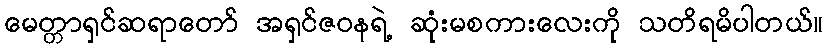
မေတ္တာရှင်ဆရာတော် အရှင်ဇဝနရဲ့ ဆုံးမစကားလေးကို သတိရမိပါတယ်။